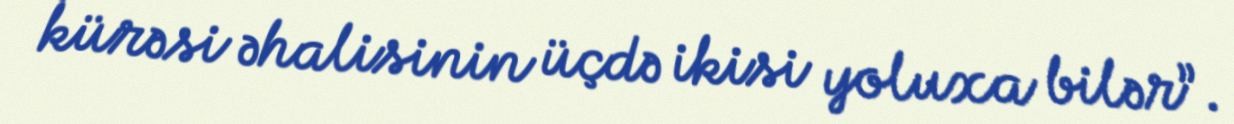
kürəsi əhalisinin üçdə ikisi yoluxa bilər”.